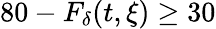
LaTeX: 80-F_{\delta}(t,\xi)\geq 30